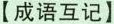
【成语互记】